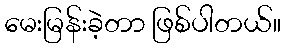
မေးမြန်းခဲ့တာ ဖြစ်ပါတယ်။